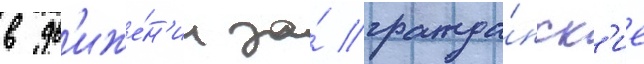
в дв'иже́н'ии за́ гражда́нск'ие